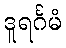
ဒူရင်္ဂမံ